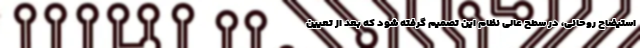
استیضاح روحانی، در سطح عالی نظام این تصمیم گرفته شود که بعد از تعیین